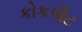
કોકપીટ